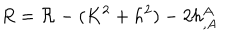
R = { \cal R } - ( K ^ { 2 } + h ^ { 2 } ) - 2 h _ { , A } ^ { A }